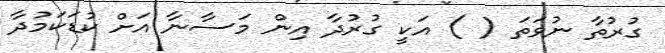
ގުރުތާ ނުވަތަ ( ) އަކީ ގުރުދާ އިން މަސާނާ އަށް ކުޑަކަމުދާ